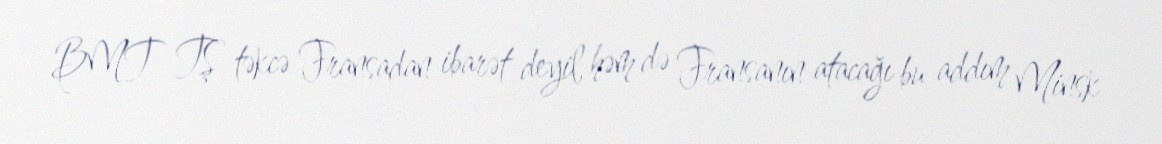
BMT TŞ təkcə Fransadan ibarət deyil, həm də Fransanın atacağı bu addım Minsk